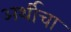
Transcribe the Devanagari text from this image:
अर्थीचा